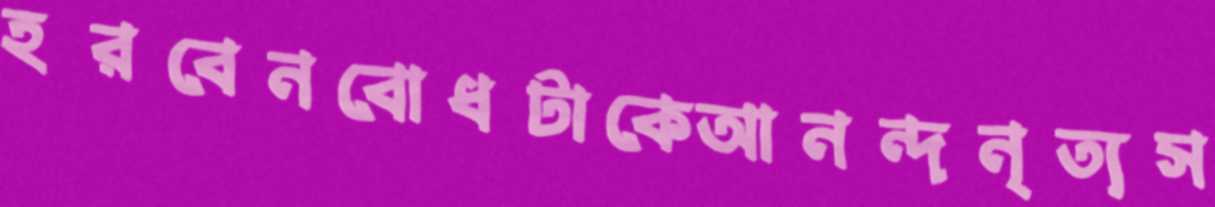
হরবেনবোধটাকেআনন্দনৃত্যস